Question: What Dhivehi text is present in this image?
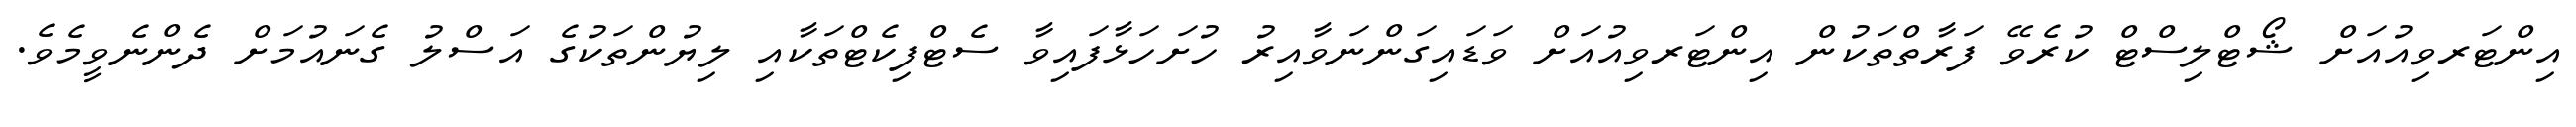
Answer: އިންޓަރވިއުއަށް ޝޯޓްލިސްޓް ކުރެވޭ ފަރާތްތަކުން އިންޓަރވިއުއަށް ވަޑައިގަންނަވާއިރު ހުށަހަޅާފައިވާ ސެޓްފިކެޓްތަކާއި ލިޔުންތަކުގެ އަސްލު ގެނައުމަށް ދެންނެވީމެވެ.